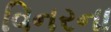
વિનરના